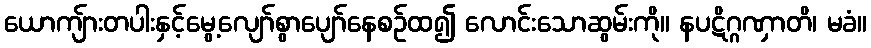
ယောကျ်ားတပါးနှင့်မွေ့လျော်စွာပျော်နေစဉ်ထ၍ လောင်းသောဆွမ်းကို။ နပဋိဂ္ဂဏှာတိ၊ မခံ။